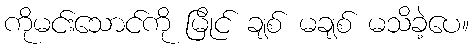
ကိုမင်းသောင်ကို မြိုင် ချစ် မချစ် မသိခဲ့ပေ။